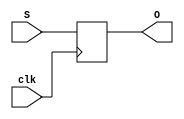
module PIPO(S, clk, O);
  input [3:0] S;
  input clk;
  output reg [3:0] O;
  
  always @ (posedge clk)
  begin
    O = S;
  end
  
endmodule